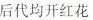
后代均开红花